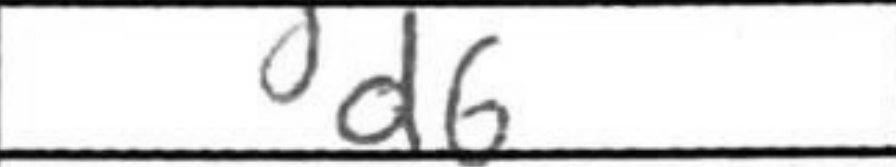
Transcription: d6